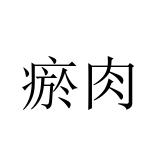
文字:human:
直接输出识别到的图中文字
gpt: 瘀肉